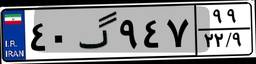
۴۰گ۹۴۷۹۹